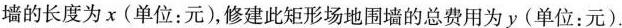
墙的长度为x(单位：元)，修建此矩形场地围墙的总费用为y(单位：元).